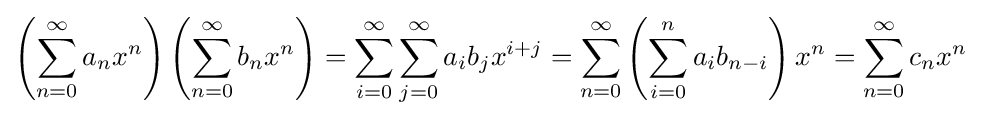
\left(\sum _{n=0}^{\infty }a_{n}x^{n}\right)\left(\sum _{n=0}^{\infty }b_{n}x^{n}\right)=\sum _{i=0}^{\infty }\sum _{j=0}^{\infty }a_{i}b_{j}x^{i+j}=\sum _{n=0}^{\infty }\left(\sum _{i=0}^{n}a_{i}b_{n-i}\right)x^{n}=\sum _{n=0}^{\infty }c_{n}x^{n}